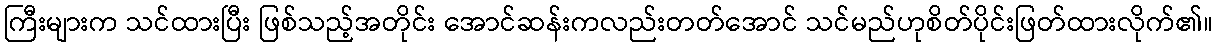
ကြီးများက သင်ထားပြီး ဖြစ်သည့်အတိုင်း အောင်ဆန်းကလည်းတတ်အောင် သင်မည်ဟုစိတ်ပိုင်းဖြတ်ထားလိုက်၏။